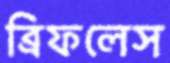
ব্রিফলেস